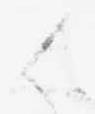
候